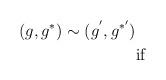
LaTeX: \begin{align*}(g,g^{*})\sim (g^{'},g^{*'}) \ \ \\ \ {\rm if}\end{align*}